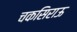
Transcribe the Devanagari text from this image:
चकसिराऊ